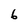
Character: 6